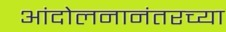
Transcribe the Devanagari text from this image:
आंदोलनानंतरच्या